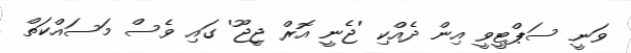
ވަނީ ސަޕްޓީވީ އިން ދެއްކި 'ޖެނީ އޮރް ޖީޖޫ' ގައި ވެސް މަސައްކަތް